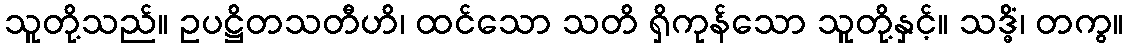
သူတို့သည်။ ဥပဋ္ဌိတသတီဟိ၊ ထင်သော သတိ ရှိကုန်သော သူတို့နှင့်။ သဒ္ဓိံ၊ တကွ။